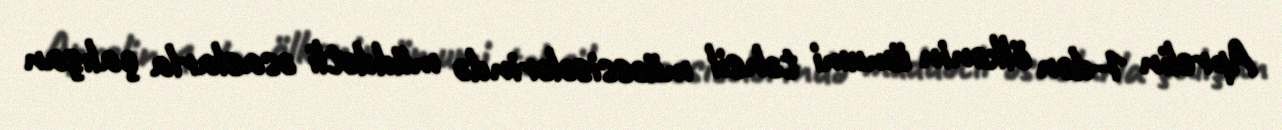
Aprelin 1-dən ölkənin ümumi təhsil müəssisələrində müddətli əsaslarla çalışan